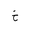
Letter: _kha